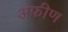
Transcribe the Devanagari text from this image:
अफीण